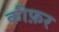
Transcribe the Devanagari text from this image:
कीफ़र